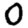
Digit: 0